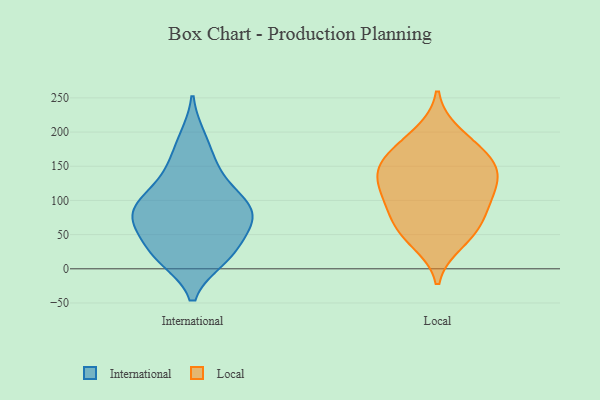
{"axis": {"x": "Revenue (USD Million)", "y": "Value"}, "legend": ["International", "Local"], "data": [{"x": "", "y": 43, "type": "International"}, {"x": "", "y": 73, "type": "International"}, {"x": "", "y": 14, "type": "International"}, {"x": "", "y": 108, "type": "International"}, {"x": "", "y": 192, "type": "International"}, {"x": "", "y": 15, "type": "International"}, {"x": "", "y": 136, "type": "International"}, {"x": "", "y": 156, "type": "International"}, {"x": "", "y": 89, "type": "International"}, {"x": "", "y": 84, "type": "International"}, {"x": "", "y": 97, "type": "International"}, {"x": "", "y": 58, "type": "International"}, {"x": "", "y": 22, "type": "International"}, {"x": "", "y": 74, "type": "International"}, {"x": "", "y": 93, "type": "Local"}, {"x": "", "y": 150, "type": "Local"}, {"x": "", "y": 141, "type": "Local"}, {"x": "", "y": 103, "type": "Local"}, {"x": "", "y": 39, "type": "Local"}, {"x": "", "y": 126, "type": "Local"}, {"x": "", "y": 55, "type": "Local"}, {"x": "", "y": 150, "type": "Local"}, {"x": "", "y": 198, "type": "Local"}, {"x": "", "y": 120, "type": "Local"}, {"x": "", "y": 180, "type": "Local"}, {"x": "", "y": 164, "type": "Local"}, {"x": "", "y": 57, "type": "Local"}, {"x": "", "y": 81, "type": "Local"}]}